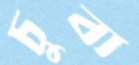
চুবা